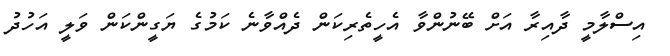
އިސްލާމީ ދާއިރާ އަށް ބޭނުންވާ އެހީތެރިކަން ދެއްވާނެ ކަމުގެ ޔަގީންކަން ވަލީ އަހުދު